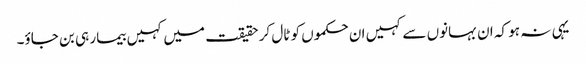
یہی نہ ہو کہ ان بہانوں سے کہیں ان حکموں کو ٹال کر حقیقت میں کہیں بیمار ہی بن جاؤ۔